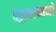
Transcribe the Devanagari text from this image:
बहुमाध्यमों